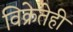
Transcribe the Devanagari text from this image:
विक्रेतेही